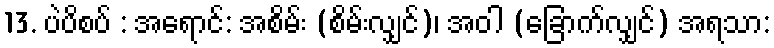
13. ပဲပိစပ် : အရောင်: အစိမ်း (စိမ်းလျှင်)၊ အဝါ (ခြောက်လျှင်) အရသာ: